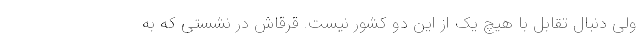
ولی دنبال تقابل با هیچ یک از این دو کشور نیست. قرقاش در نشستی که به